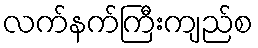
လက်နက်ကြီးကျည်စ